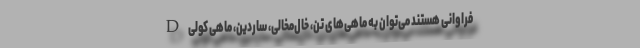
D فراوانی هستند می‌توان به ماهی‌های تن، خال‌مخالی، ساردین، ماهی کولی